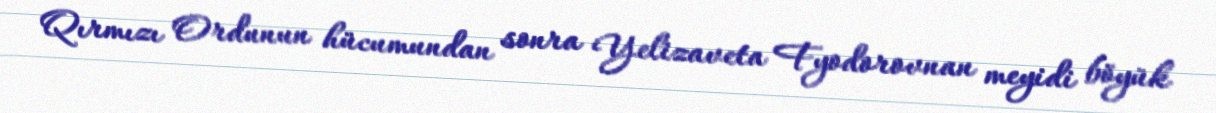
Qırmızı Ordunun hücumundan sonra Yelizaveta Fyodorovnan meyidi böyük